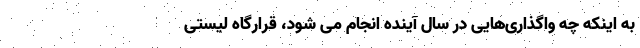
به اینکه چه واگذاری‌هایی در سال آینده انجام می شود، قرارگاه لیستی